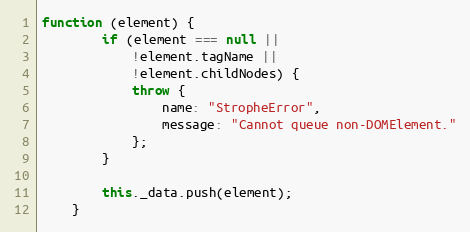
Language: JavaScript
function (element) {
        if (element === null ||
            !element.tagName ||
            !element.childNodes) {
            throw {
                name: "StropheError",
                message: "Cannot queue non-DOMElement."
            };
        }

        this._data.push(element);
    }